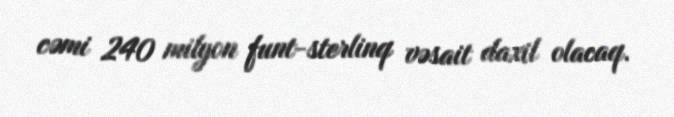
cəmi 240 milyon funt-sterlinq vəsait daxil olacaq.